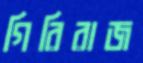
গিরিরাজ